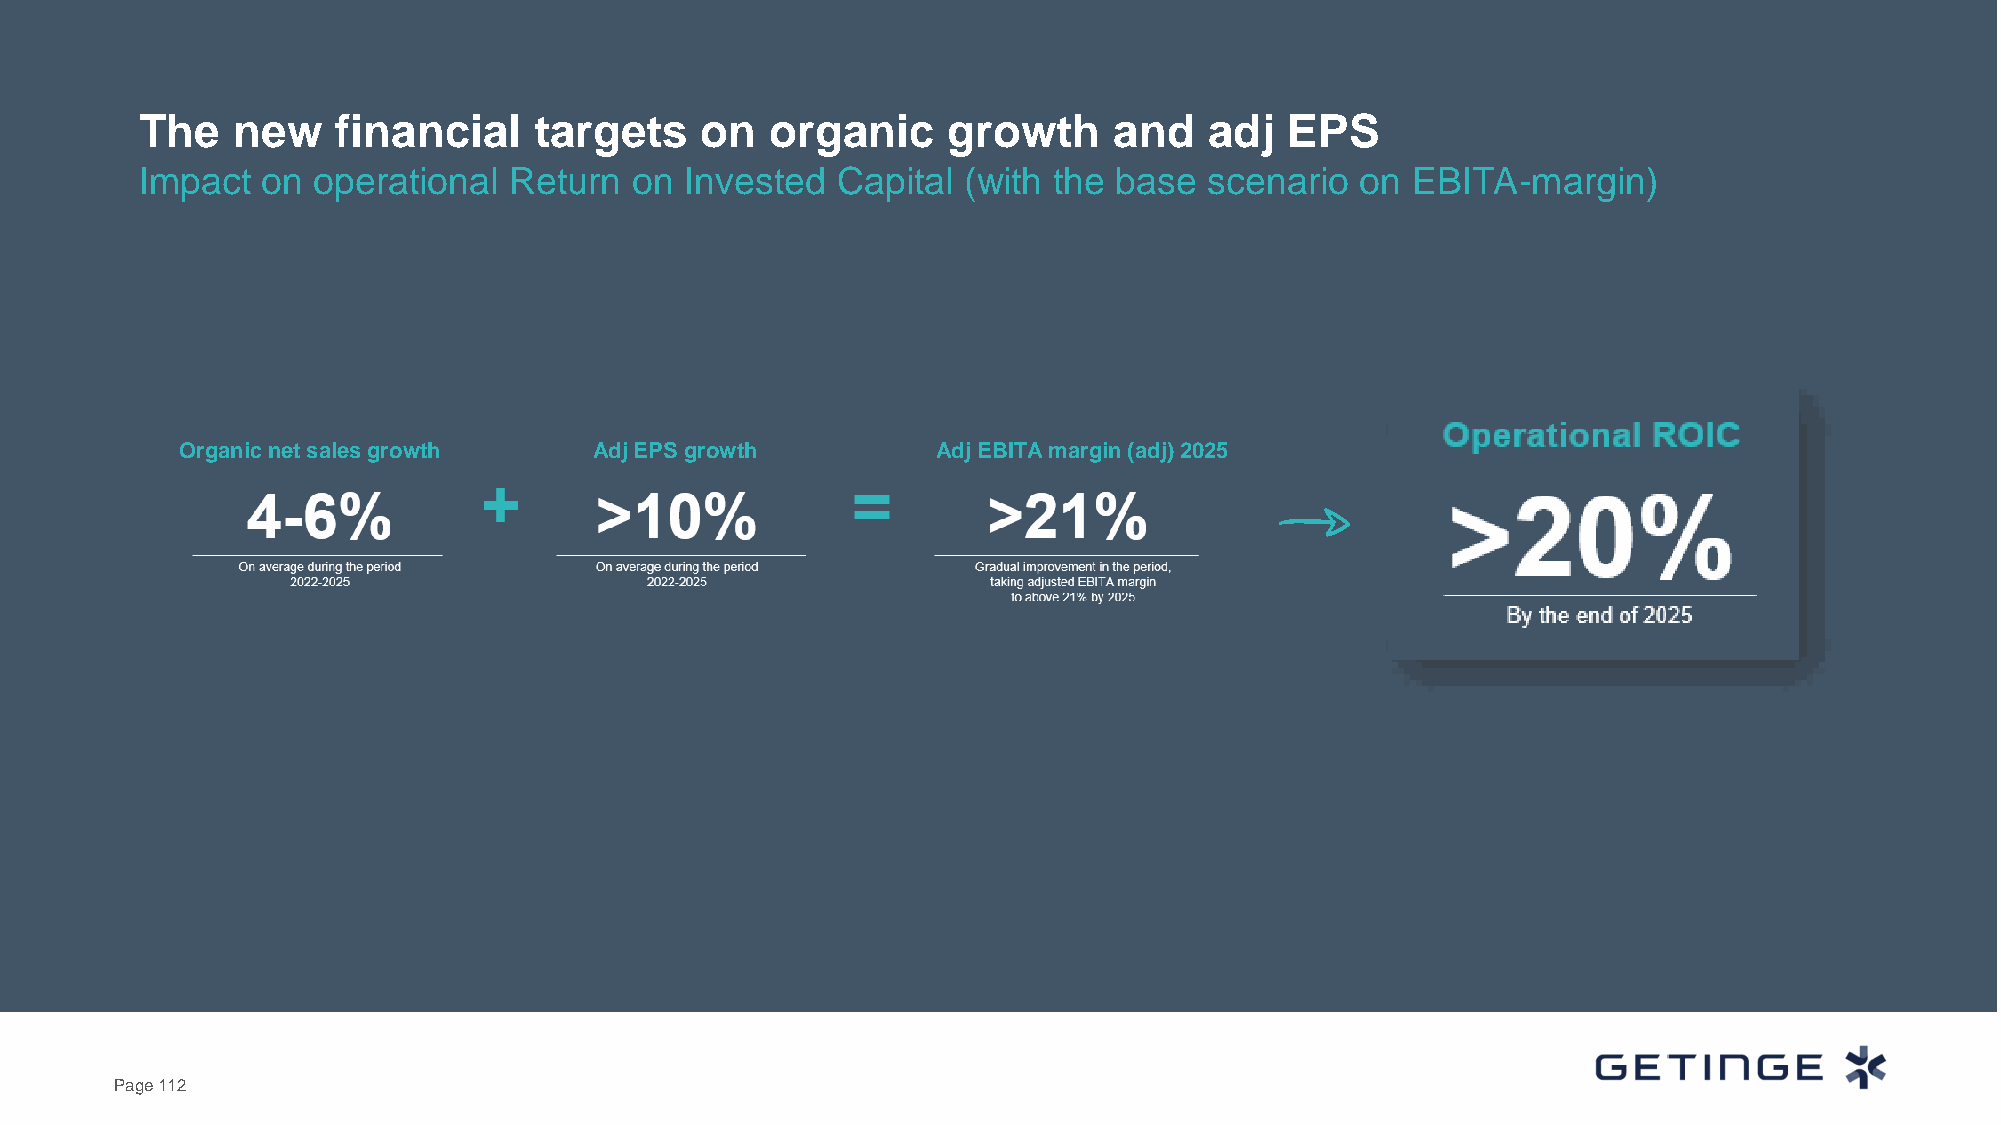
The   new    financial    targets    on   organic     growth     and   adj  EPS
 Impact  on  operational  Return  on Invested  Capital  (with the base  scenario  on EBITA-margin)
 Organic net sales growth   Adj EPS growth         Adj EBITA margin (adj) 2025
 Page 112